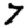
Digit: 7